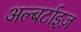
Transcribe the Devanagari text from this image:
अल्बर्टाइज़